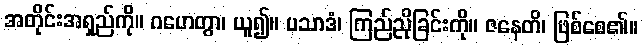
အတိုင်းအရှည်ကို။ ဂဟေတွာ၊ ယူ၍။ ပသာဒံ၊ ကြည်ညိုခြင်းကို။ ဇနေတိ၊ ဖြစ်စေ၏။